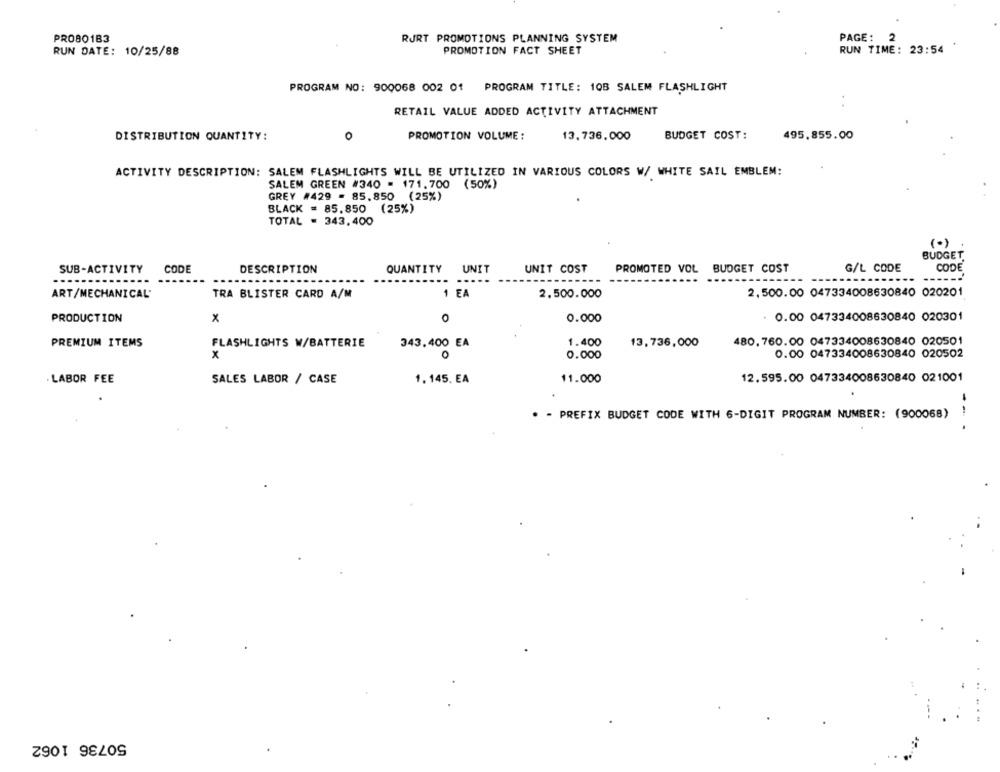
PROBO183
RJRT PROMOTIONS PLANNING SYSTEM
PAGE :
2
RUN DATE: 10/25/88
PROMOTION FACT SHEET
RUN TIME: 23:54
PROGRAM NO: 900068 002 01 PROGRAM TITLE: 10B SALEM FLASHLIGHT
RETAIL VALUE ADDED ACTIVITY ATTACHMENT
DISTRIBUTION QUANTITY:
o
PROMOTION VOLUME :
13.736,000
BUDGET COST:
495.855.00
ACTIVITY DESCRIPTION: SALEM FLASHLIGHTS WILL BE UTILIZED IN VARIOUS COLORS W/ WHITE SAIL EMBLEM:
SALEM GREEN #340 = 171.700 (50%)
GREY #429 = 85.850 (25%)
BLACK = 85.850 (25%)
TOTAL = 343.400
BUDGET
SUB-ACTIVITY
CODE
DESCRIPTION
QUANTITY
UNIT
UNIT COST
PROMOTED VOL BUDGET COST
G/L CODE
CODE
....
1 EA
2.500.000
2.500.00 047334008630840 020201
ART/MECHANICAL'
TRA BLISTER CARD A/M
PRODUCTION
x
0.000
. 0.00 047334008630840 020301
PREMIUM ITEMS
FLASHLIGHTS W/BATTERIE
343,400 EA
1.400
13,736,000
480, 760.00 047334008630840 020501
x
0
0.000
0.00 047334008630840 020502
· LABOR FEE
SALES LABOR / CASE
1. 145, EA
11.000
12.595.00 047334008630840 021001
-
. - PREFIX BUDGET CODE WITH 6-DIGIT PROGRAM NUMBER: (900068)
50736 1062